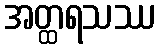
အတ္ထရသဿ